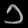
Digit: ၁